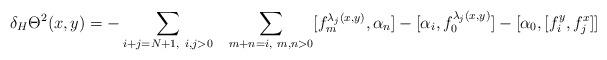
LaTeX: \begin{align*}\delta_H\Theta^2(x,y)=-\sum_{i+j=N+1,~i,j>0}~~\sum_{m+n=i,~m,n>0}[f_m^{\lambda_j(x,y)},\alpha_n]-[\alpha_i,f_0^{\lambda_j(x,y)}]-[\alpha_0,[f_i^y,f_j^x]]\end{align*}